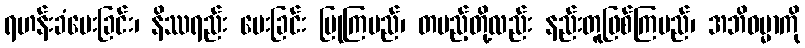
ရဟန်းခံပေးခြင်း၊ နိဿရည်း ပေးခြင်း ပြုကြမည်၊ တပည့်တို့လည်း နည်းတူဖြစ်ကြမည်၊ အဘိဓမ္မာကို